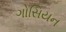
ગોસિયન